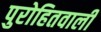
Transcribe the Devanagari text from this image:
पुरोहितवाली